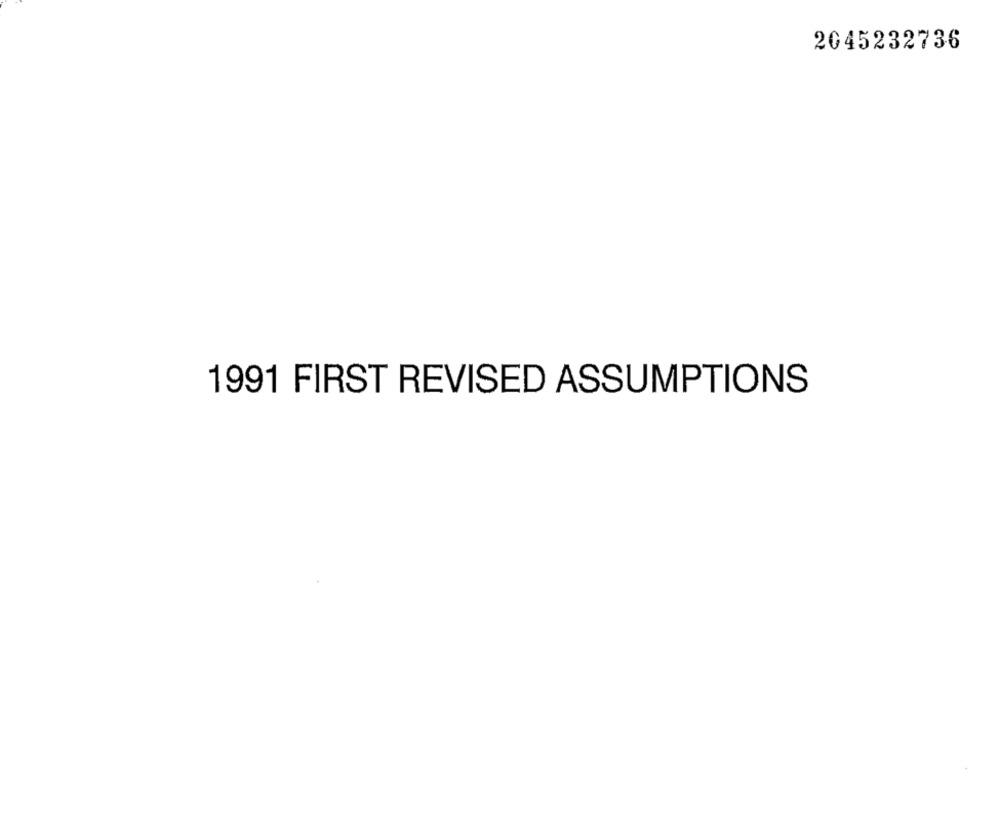
2045232736
1991 FIRST REVISED ASSUMPTIONS